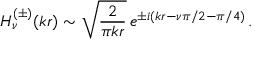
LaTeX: H _ { \nu } ^ { ( \pm ) } ( k r ) \sim \sqrt { \frac { 2 } { \pi k r } } \, e ^ { \pm i ( k r - \nu \pi / 2 - \pi / 4 ) } \, .